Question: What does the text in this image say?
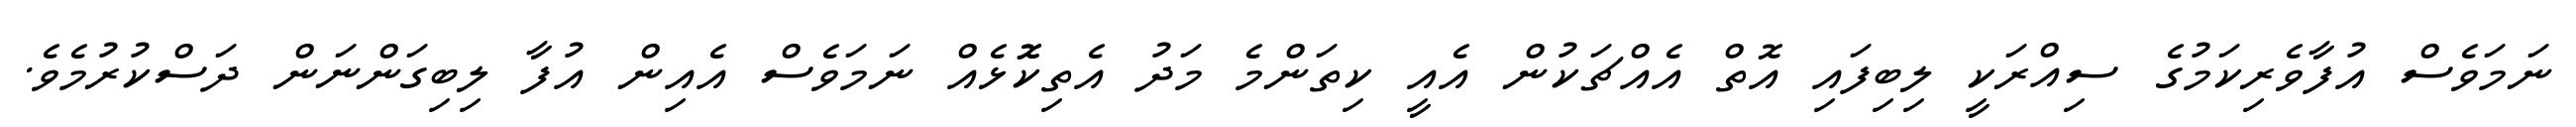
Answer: ނަމަވެސް އުފާވެރިކަމުގެ ސިއްރަކީ ލިބިފައި އޮތް އެއްޗަކުން އެއީ ކިތަންމެ މަދު އެތިކޮޮޅެއް ނަމަވެސް އެއިން އުފާ ލިބިގަންނަން ދަސްކުރުމެވެ.